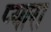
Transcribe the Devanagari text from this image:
प्‍यारा